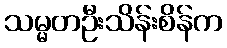
သမ္မတဦးသိန်းစိန်က